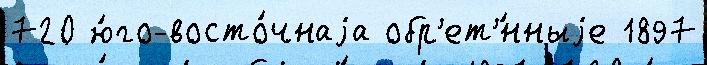
720 ю́го-восто́чнаjа обр'ет'́нныjе 1897